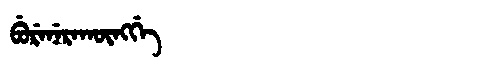
Manchu: ᠪᡠᡵᡝᠨᡝᡵᠠᡴᡡᠩᡤᡝ
Romanization: BURENERAKŪNGGE